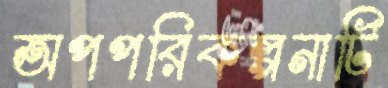
অপপরিকল্পনাটি